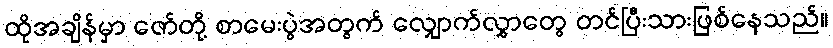
ထိုအချိန်မှာ ဇော်တို့ စာမေးပွဲအတွက် လျှောက်လွှာတွေ တင်ပြီးသားဖြစ်နေသည်။